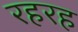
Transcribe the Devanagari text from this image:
रहरह